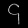
Digit: ၄